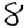
Digit: 8